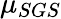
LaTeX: \mu_{SGS}